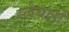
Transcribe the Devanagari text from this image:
स्लेयारों